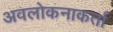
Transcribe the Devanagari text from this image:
अवलोकनाकर्ता